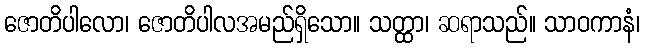
ဇောတိပါလော၊ ဇောတိပါလအမည်ရှိသော။ သတ္ထာ၊ ဆရာသည်။ သာဝကာနံ၊